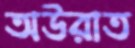
অউরাত